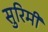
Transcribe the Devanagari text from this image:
सुरिमी